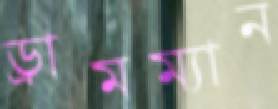
ড্রামম্যান